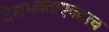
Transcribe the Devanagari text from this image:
देशभक्ताएवढाच